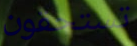
تستحقون